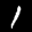
Label: 1